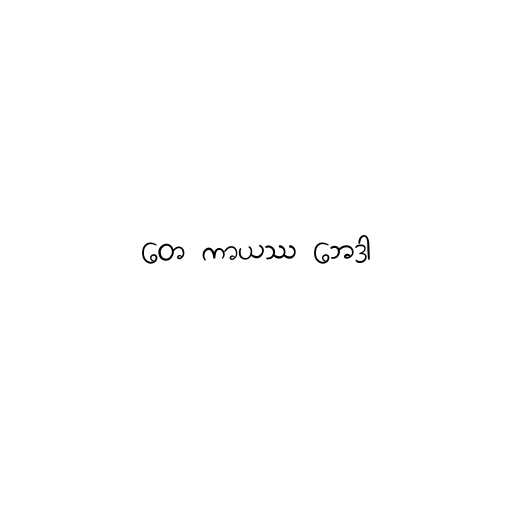
တေ ကာယဿ ဘေဒာ